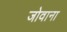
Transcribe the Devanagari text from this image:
जोवाना